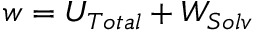
w = U _ { T o t a l } + W _ { S o l v }